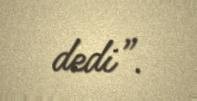
dedi”.